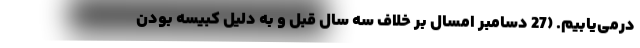
درمی‌یابیم. (27 دسامبر امسال بر خلاف سه سال قبل و به دلیل کبیسه بودن